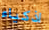
اذكياء